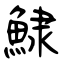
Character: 𩸙